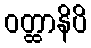
ဝတ္ထာနိပိ